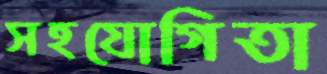
সহযোগিতা